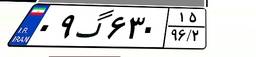
۰۹گ۶۳۰۱۵